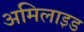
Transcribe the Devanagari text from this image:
अमिलाइड